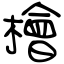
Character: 檜